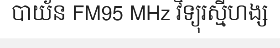
បាយ័ន FM95 MHz វិទ្យុរស្មីហង្ស